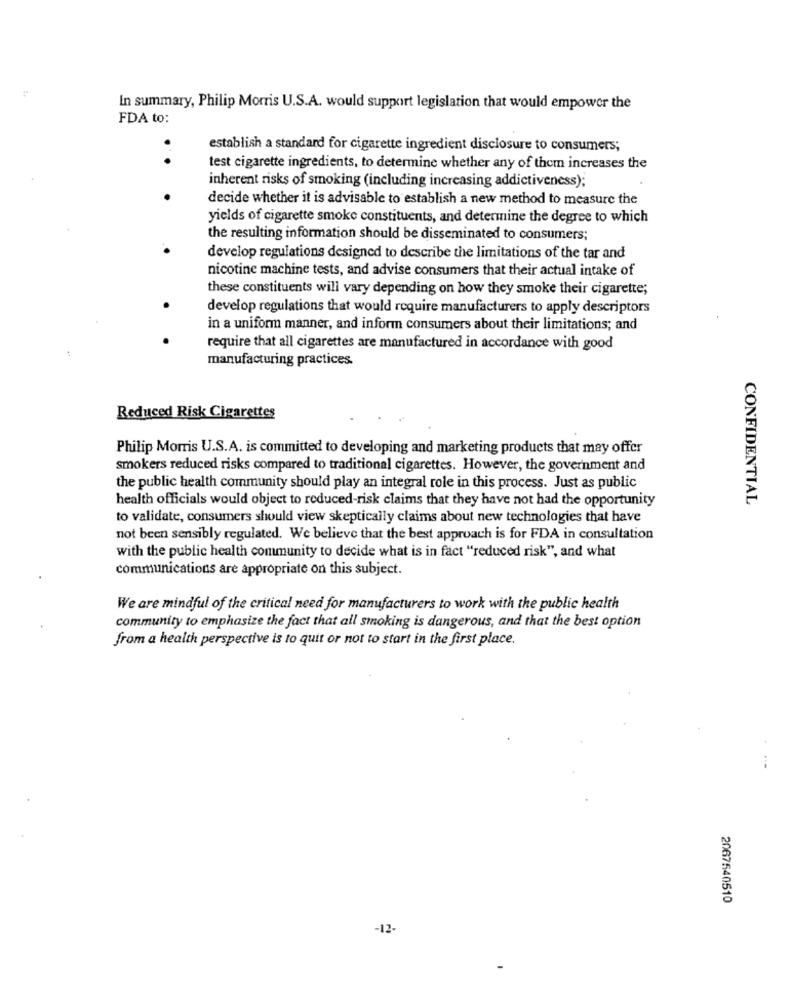
In summary, Philip Morris U.S.A. would support legislation that would empower the
FDA to:
establish a standard for cigarette ingredient disclosure to consumers;
test cigarette ingredients, to determine whether any of them increases the
inherent risks of smoking (including increasing addictiveness);
decide whether it is advisable to establish a new method to measure the
yields of cigarette smoke constituents, and determine the degree to which
the resulting information should be disseminated to consumers;
develop regulations designed to describe the limitations of the tar and
nicotine machine tests, and advise consumers that their actual intake of
these constituents will vary depending on how they smoke their cigarette;
develop regulations that would require manufacturers to apply descriptors
in a uniform manner, and inform consumers about their limitations; and
require that all cigarettes are manufactured in accordance with good
manufacturing practices.
Reduced Risk Cigarettes
Philip Morris U.S.A. is committed to developing and marketing products that may offer
smokers reduced risks compared to traditional cigarettes. However, the government and
the public health community should play an integral role in this process. Just as public
health officials would object to reduced-risk claims that they have not had the opportunity
CONFIDENTIAL
to validate, consumers should view skeptically claims about new technologies that have
not been sensibly regulated. We believe that the best approach is for FDA in consultation
with the public health community to decide what is in fact "reduced risk", and what
communications are appropriate on this subject.
We are mindful of the critical need for manufacturers to work with the public health
community to emphasize the fact that all smoking is dangerous, and that the best option
from a health perspective is to quit or not to start in the first place.
2067540510
-12-
-